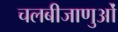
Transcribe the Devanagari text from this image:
चलबीजाणुओं